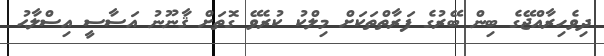
ދިވެހިރާއްޖޭގެ ބިން ބޭރުގެ ފަރާތްތަކަށް މިލްކު ކުރެވޭ ގޮތަށް ޤާނޫނު އަސާސީ އިސްލާޙު